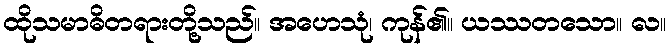
ထိုသမာဓိတရားတို့သည်။ အဟေသုံ၊ ကုန်၏။ ယဿတသော။ လ။